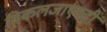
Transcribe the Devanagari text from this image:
विकलजाएवढी